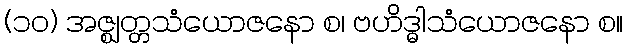
(၁၀) အဇ္ဈတ္တသံယောဇနော စ၊ ဗဟိဒ္ဓါသံယောဇနော စ။